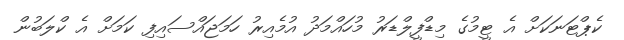
ކެޕްޓަނަކަށް އެ ޓީމުގެ މިޑްފީލްޑަރު މުހައްމަދު އުމެއިރު ހަމަޖައްސައިފި ކަމަށް އެ ކްލަބުން